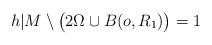
LaTeX: \begin{align*} h|M \setminus \big(2\Omega \cup B(o,R_1)\big) = 1 \end{align*}